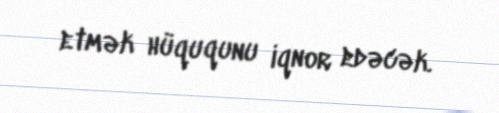
etmək hüququnu iqnor edəcək.